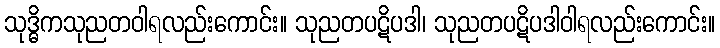
သုဒ္ဓိကသုညတဝါရလည်းကောင်း။ သုညတပဋိပဒါ၊ သုညတပဋိပဒါဝါရလည်းကောင်း။